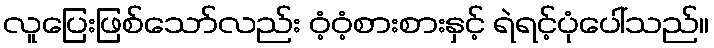
လူပြေးဖြစ်သော်လည်း ဝံ့ဝံ့စားစားနှင့် ရဲရင့်ပုံပေါ်သည်။